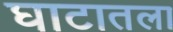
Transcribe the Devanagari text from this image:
घाटातला